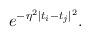
LaTeX: \begin{align*}e^{-\eta ^{2} \mid t_{i}-t_{j} \mid ^{2}} .\end{align*}